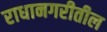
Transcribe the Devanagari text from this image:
राधानगरीतील